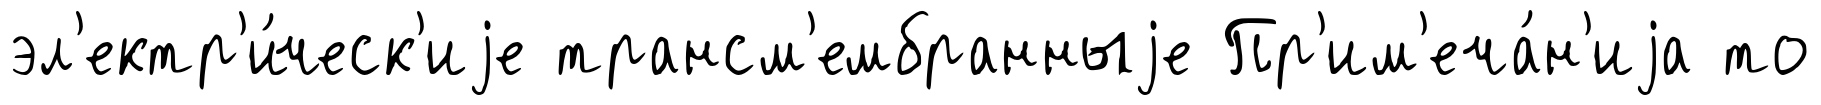
эл'ектр'и́ческ'иjе трансм'ембранныjе Пр'им'еча́н'иjа то